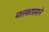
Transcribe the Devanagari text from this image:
मालकाप्रमाने